Parnu-Viljandi_kinnistusamet, lk 13
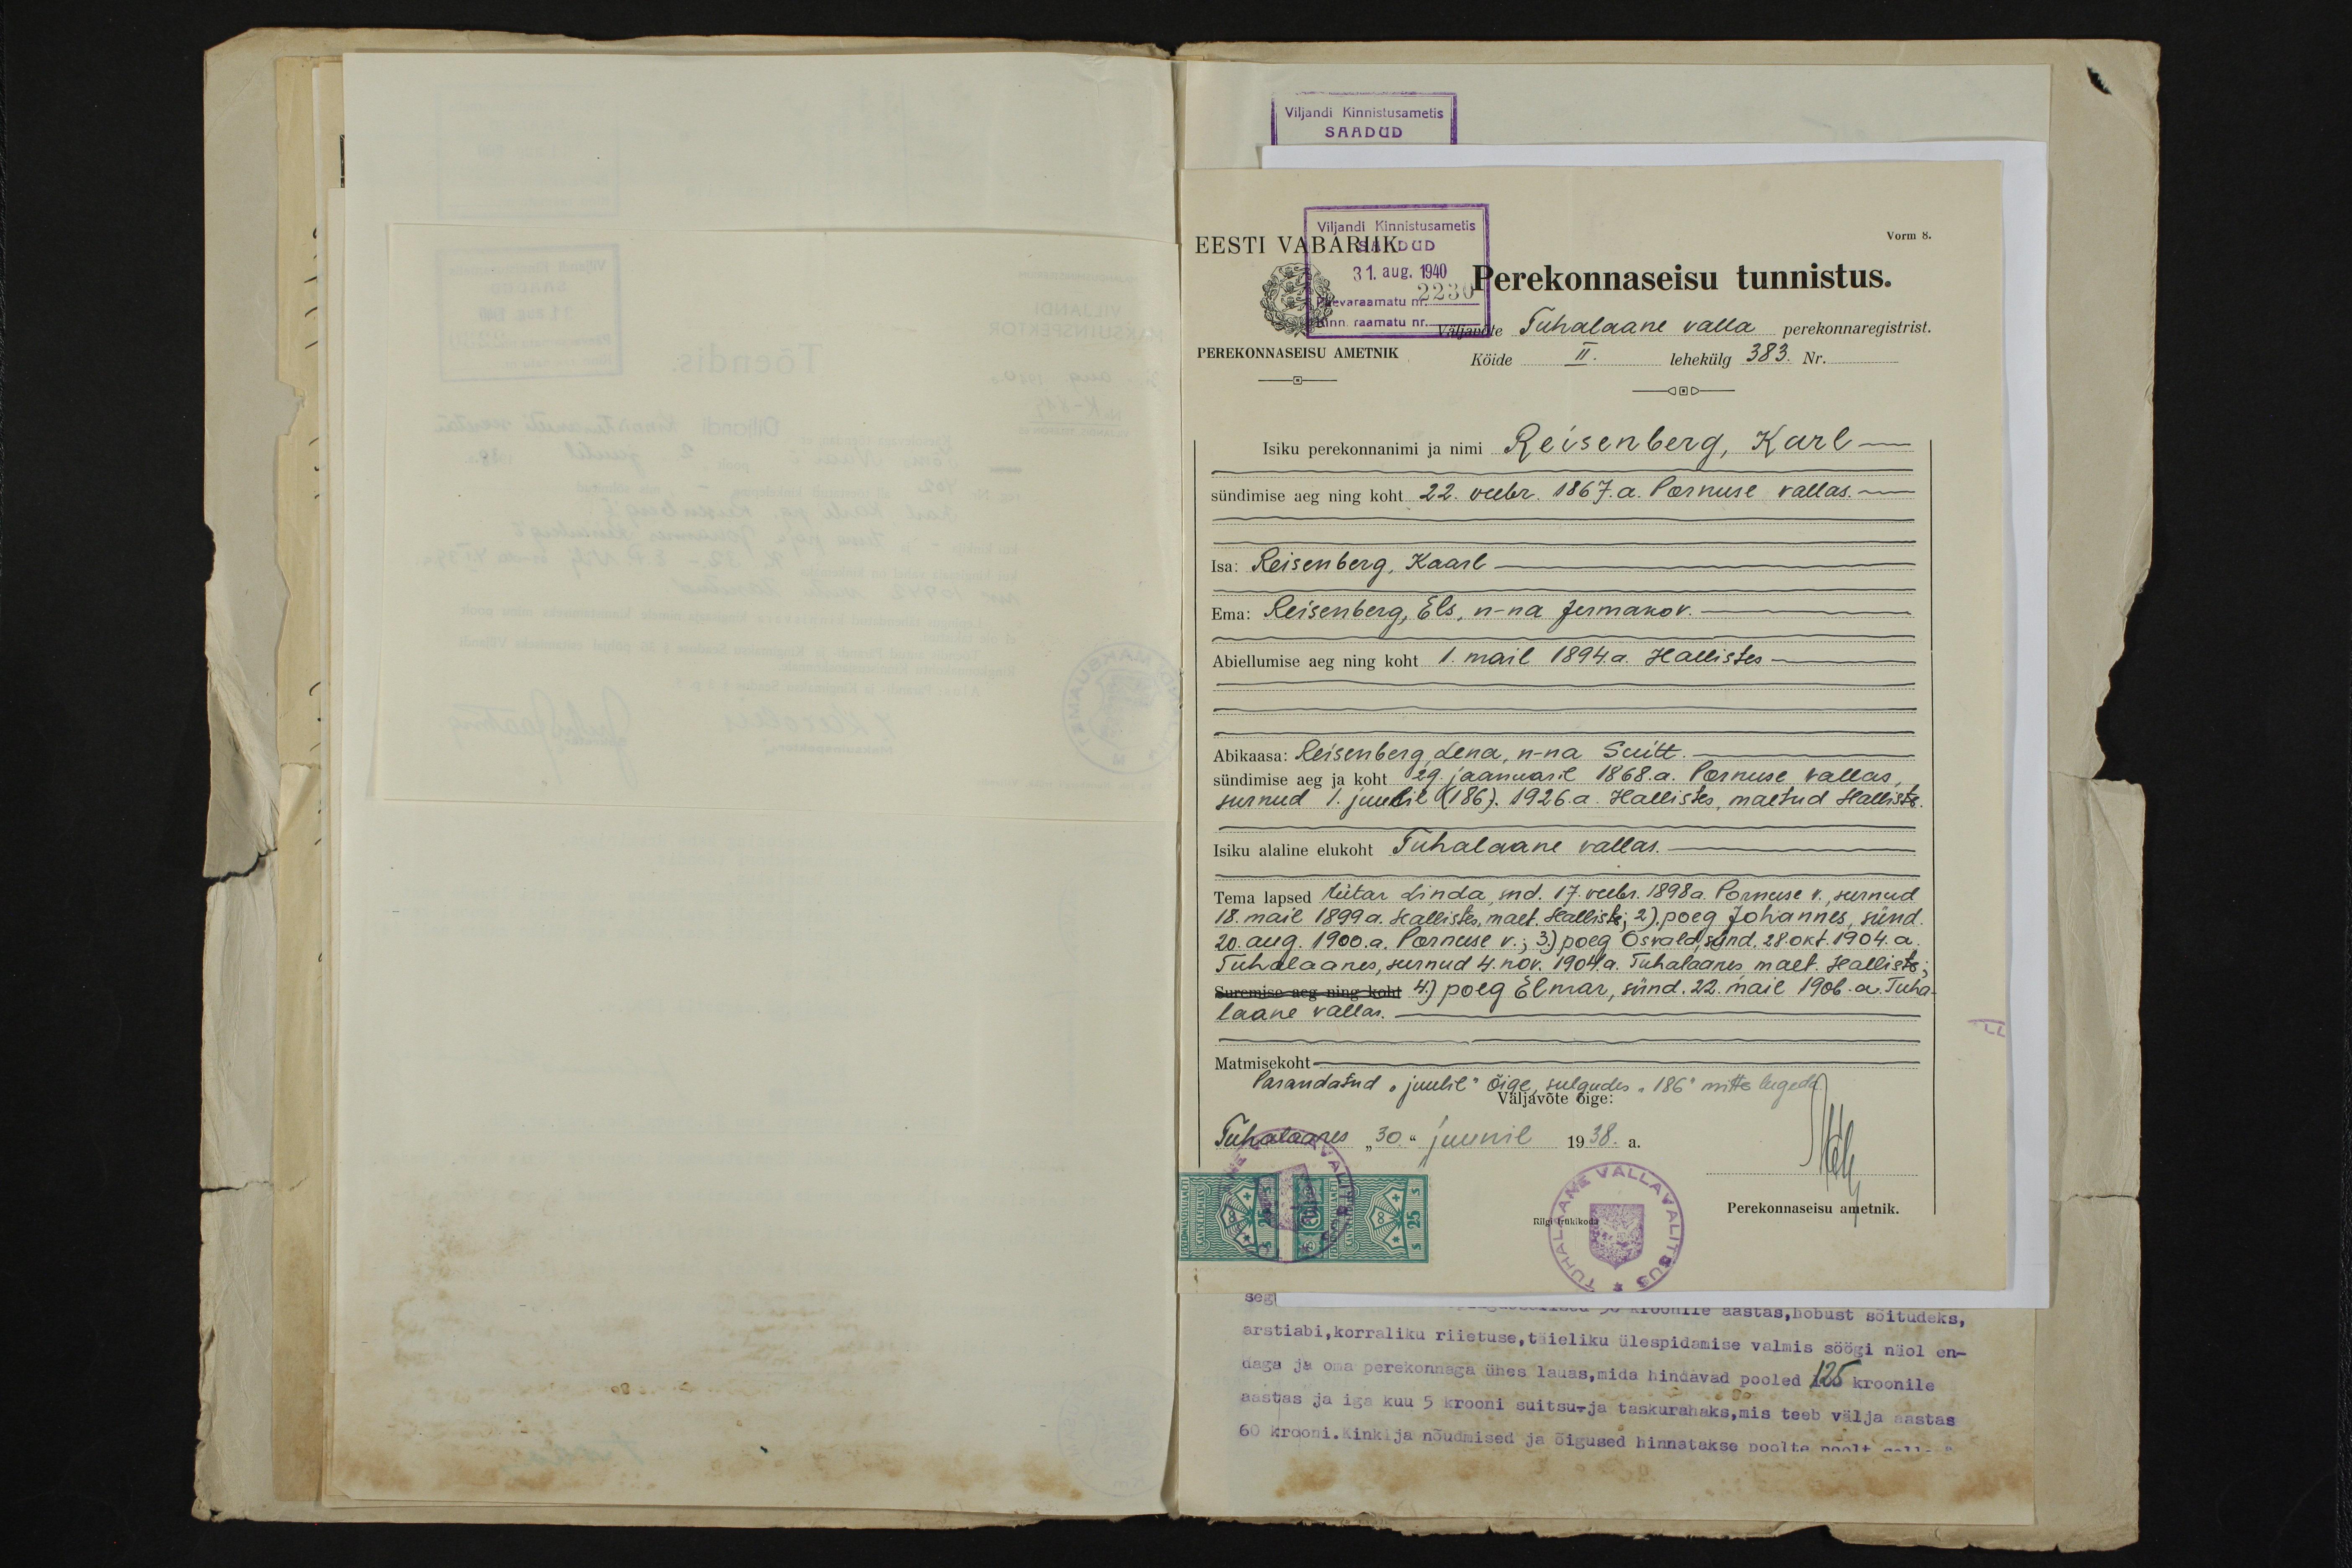
Viljandi Kinnistusametis
SAADUD

Viljandi Kinnistusametis
EESTI VABARIIK
Vorm 8.
31.aug. 1940
Perekonnaseisu tunnistus.
väljavõte Tuhalaane valla perekonnaregistrist.
PEREKONNASEISU AMETNIK
Köide
II
lehekülg 383. Nr.
Isiku perekonnanimi ja nimi Reisenberg, Karl
sündimise aeg ning koht 22. veebr. 1867. a. Pornuse vallas. -
Isa: Reisenberg, Kaarl -
Ema: Reisenberg, Els, n-na Jermakov. -
Abiellumise aeg ning koht 1. mail 1894. a. Hallistes -
Abikaasa: Reisenberg, Lena, n-na Suitt.
sündimise aeg ja koht 29. jaanuaril 1868. a. Pornuse vallas
surnud 1. juulil (186). 1926. a. Hallistes, maetud Halliste.
Isiku alaline elukoht Tuhalaane vallas.
Tema lapsed tütar Linda, snd. 17. veebr. 1898 a. Pornuse v. surnud
18. mai 1899 a. Hallistes, maet. Halliste; 2) poeg Johannes, sünd
20. aug. 1900. a. Pornuse v.; 3.) poeg Osvald, sünd. 28. okt. 1904. a.
Tuhalaanes, surnud 4. nov. 1904 a. Tuhalaanes maet. Halliste;
Suremise aeg ning koht 4.) poeg Elmar, sünd. 22. mail 1906. a. Tuha-
laane vallas.
Matmisekoht
Parandatud "juulil" Õige sulgudes "186" mitte lugeda.
Väljavõte õige:
Tuhalaanes "30" juunil 1938.a.
Perekonnaseisu ametnik.